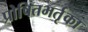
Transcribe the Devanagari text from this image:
प्रोषितभर्तृका